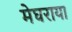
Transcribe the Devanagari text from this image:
मेघराया